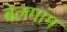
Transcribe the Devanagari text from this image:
बेलगांम